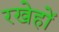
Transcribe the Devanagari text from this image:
रखेहों